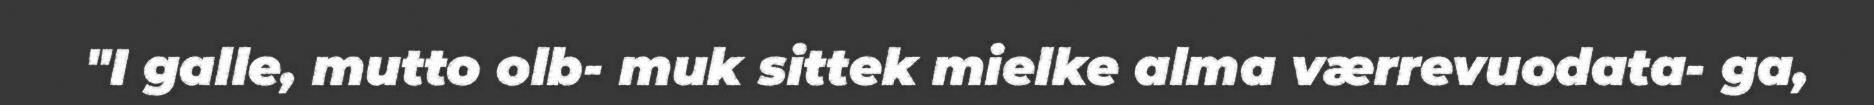
"I galle, mutto olb- muk sittek mielke alma værrevuodata- ga,